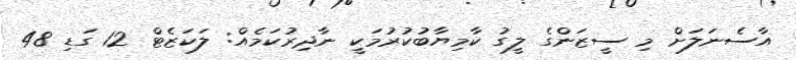
އާސެނަލަށް މި ސީޒަންގެ ލީގު ކާމިޔާބުކުރުމަކީ ނާދިރުކަމެއް: ލަކަޒެޓް 12 ގަޑި 48